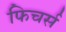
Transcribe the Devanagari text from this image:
फिचर्स